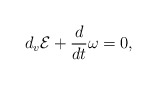
\begin{align*}d_v{\cal E}+\frac{d}{dt}\omega=0,\end{align*}